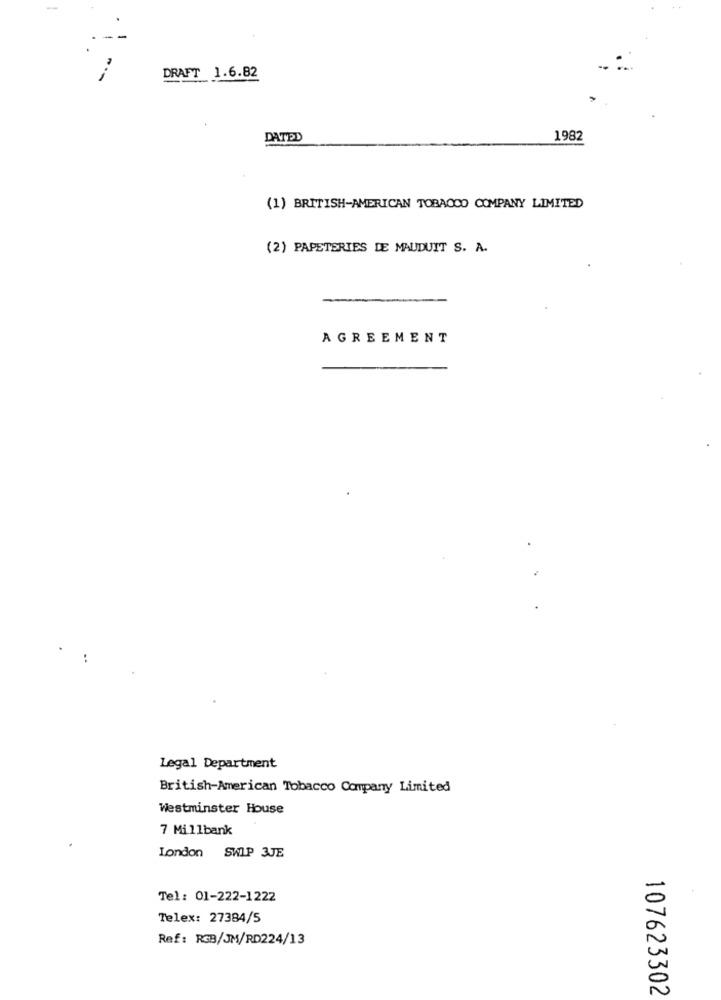
DRAFT 1.6.82
DATED
1982
(1) BRITISH-AMERICAN TOBACCO COMPANY LIMITED
(2) PAPETERIES DE MAUDUIT S. A.
AGREEMENT
Legal Department
British-American Tobacco Company Limited
Westminster House
7 Millbank
London SWIP 3JE
-
Tel: 01-222-1222
0
Telex: 27384/5
Ref: RGB/JM/RD224/13
107623302